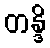
တန္ဒိ